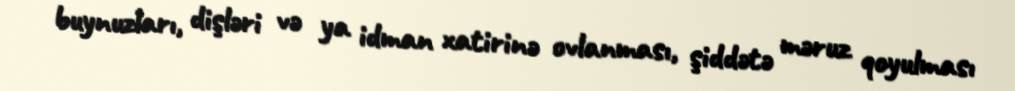
buynuzları, dişləri və ya idman xatirinə ovlanması, şiddətə məruz qoyulması